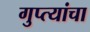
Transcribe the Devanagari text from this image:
गुप्त्यांचा